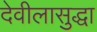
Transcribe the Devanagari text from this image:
देवीलासुद्धा